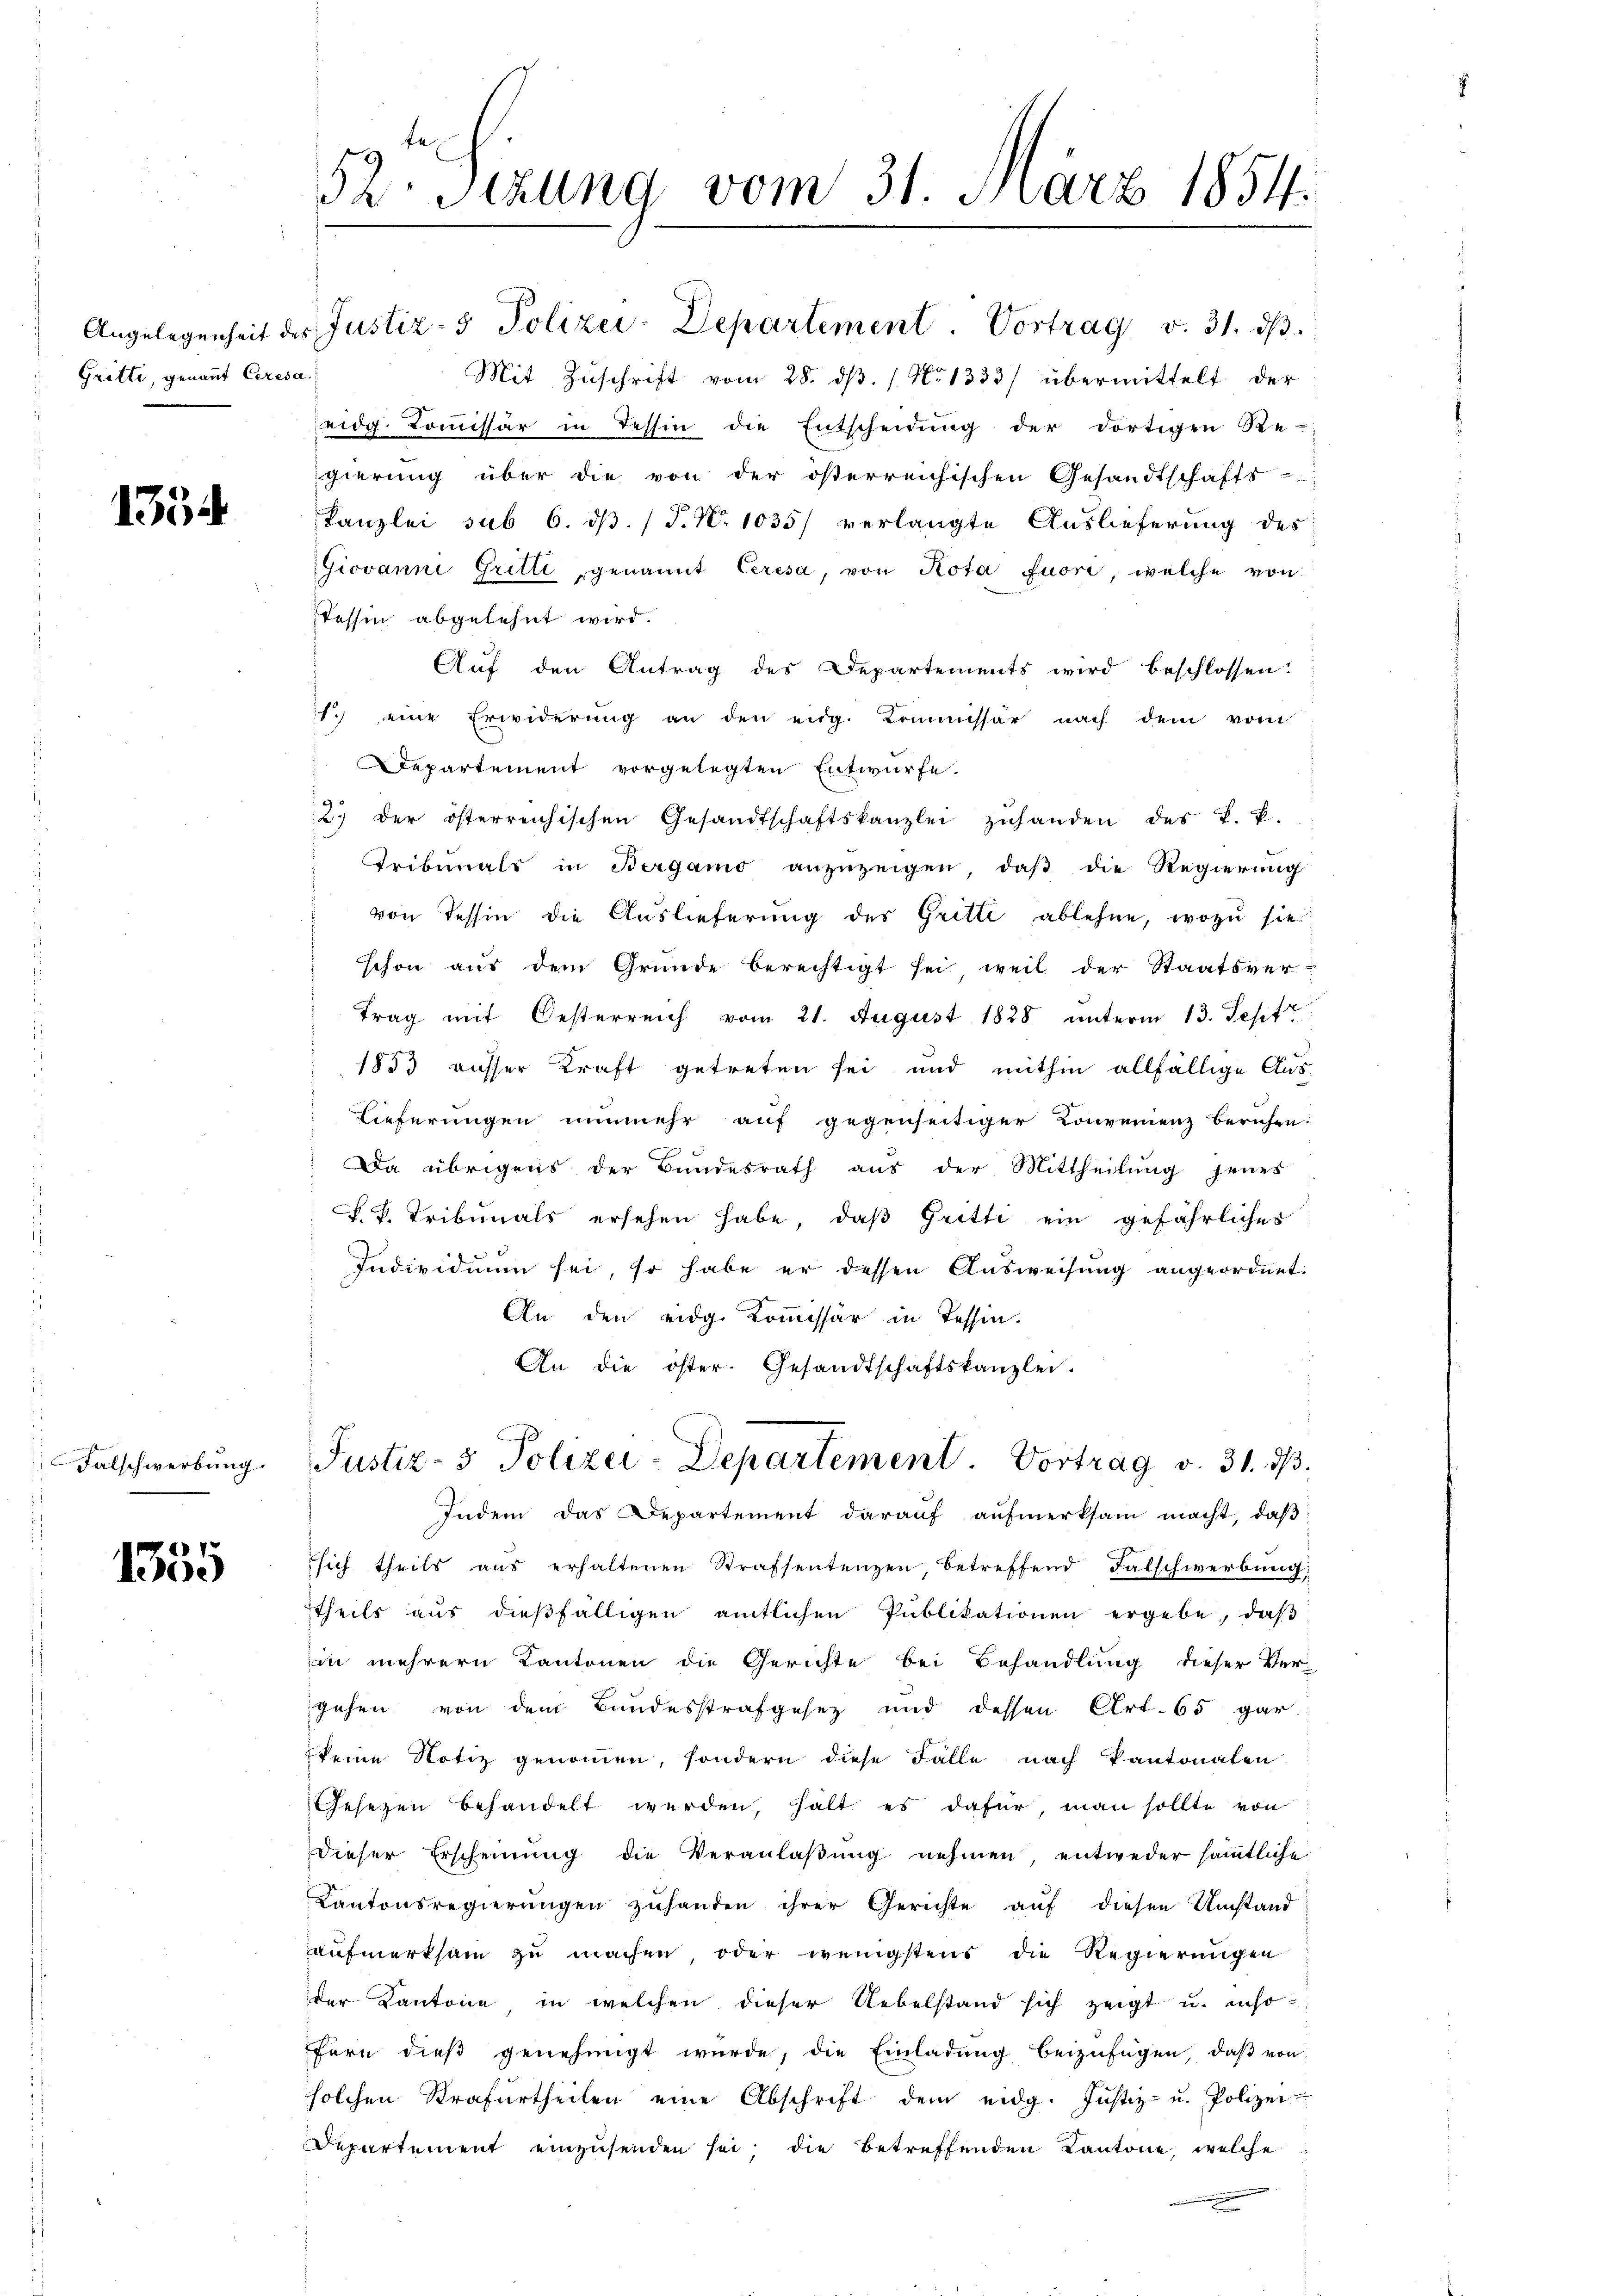
" Gritte, genannt Ceresa.

135

Falschwerbung.

1355

52. Sezung vom 31. März 1854.

Angelegenheit des Justiz- & Polizei-Departement. Vortrag v. 31. dβ.
Mit Zŭschrift vom 28. dβ. / No 1333) übermittelt der
eidg. Koṁissär in Tessin die Entscheidŭng der dortigen Be-
gierung über die von der österreichischen Gesandtschafts-

Kanzlei sub 6. ds. (T. N. 1035/ verlangte Auslieferung des
Giovanni Gritte, genannt Ceresa, von Rota fuori, welche von
Tessin abgelehnt wird.
Auf den Antrag des Departements wird beschlossen:
1. eine Erwiderung an den eidg. Kommissär nach dem vom
Departement vorgelegten Entwurfe.
2. der österreichischen Gesandtschaftskanzlei zŭhanden des k. k.
Tribunals in Bergamo anzuzeigen, daß die Regierung
von Tessin die Auslieferung des Gritte ablehne, wozu sie
schon aus dem Gründe berechtigt sei, weil der Staatsver-
trag mit Oesterreich vom 21. August 1828 unterm 13. Sept
1853 ausser Kraft getreten sei und mithin allfällige Aus¬
Lieferungen nunmehr auf gegenseitiger Konvenienz beruhen.
Da übrigens der Bundesrath aus der Mittheilung jenes
F.V. Tribunals ersehen habe, daß Gritti ein gefährliches
Individuum sei, so habe er dessen Ausweisung angeordnet.
An den eidg. Kommissär in Tessin.
An die öster. Gesandtschaftskanzlei.
Justiz- & Polizei-Departement. Vortrag v. 31. dβ.
Indem das Departement daraŭf aŭfmerksam macht, daβ
sich theils aus erhaltenen Strafsentenzen, betreffend Falschwerbung
theils aus diesfälligen amtlichen Publikationen ergebe, daβ
in mehrern Kantonen die Gerichte bei Behandlung dieser Ver-
gehen von dem Bundesstrafgesez und dessen Art. 65 gar
keine Notiz genommen, sondern diese Fälle nach Pantonalen
Gesezen behandelt werden, hält es dafür, man sollte von
Dieser Erscheinung die Veranlaβŭng nehmen, entweder säṁtliche
Kantonsregierŭngen zŭhanden ihrer Gerichte aŭf diesen Umstand
aufmerksam zu machen, oder wenigstens die Regierungen
der Cantone in welchen dieser Uebelstand sich zeigt u. inso
fern dieß genehmigt wurde, die Einladung beizufügen, daß von
solchen Strafurtheilen eine Abschrift dem eidg. Justiz- u. Polizei-
Departement einzusenden sei; die betreffenden Kantone, welche